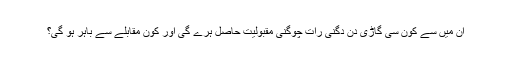
ان میں سے کون سی گاڑی دن دگنی رات چوگنی مقبولیت حاصل ہرے گی اور کون مقابلے سے باہر ہو گی؟